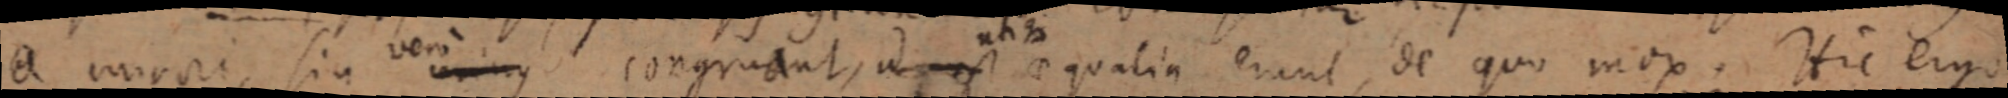
a minori, sia vero un_ congruant, est utique aequalia erunt, de quo mox. Hic ergo